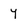
Character: y